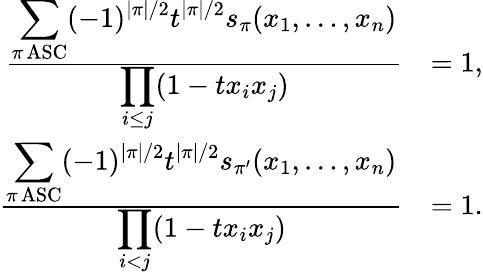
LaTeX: \begin{array}{rl}{\frac{\displaystyle\sum_{\pi\operatorname{ASC}}(-1)^{|\pi|/2}t^{|\pi|/2}s_{\pi}(x_{1},\ldots,x_{n})}{\displaystyle\prod_{i\leq j}(1-tx_{i}x_{j})}}&{=1,}\\ {\frac{\displaystyle\sum_{\pi\operatorname{ASC}}(-1)^{|\pi|/2}t^{|\pi|/2}s_{\pi^{\prime}}(x_{1},\ldots,x_{n})}{\displaystyle\prod_{i<j}(1-tx_{i}x_{j})}}&{=1.}\end{array}